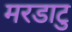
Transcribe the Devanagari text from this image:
मरडाटु